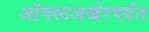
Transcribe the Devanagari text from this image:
ऑगस्टअखेरपर्यंत